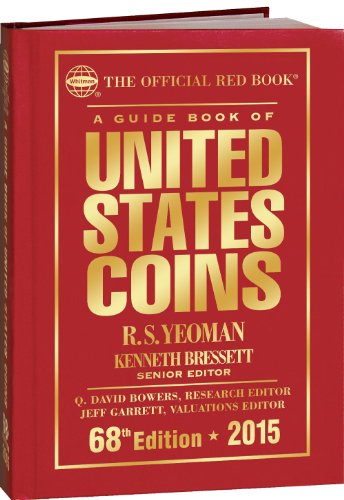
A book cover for A Guide Book of United States Coins 2015: The Official Red Book Hardcover (Official Red Book: A Guide Book of United States Coins); R. S. Yeoman; Crafts, Hobbies & Home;